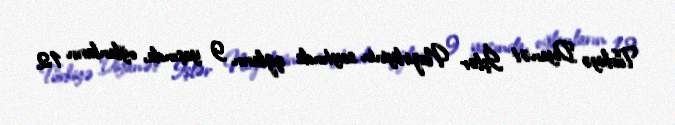
Türkiyə Diyanət İşlər Nazirliyinin saytında qızların 9 yaşında, oğlanların 12